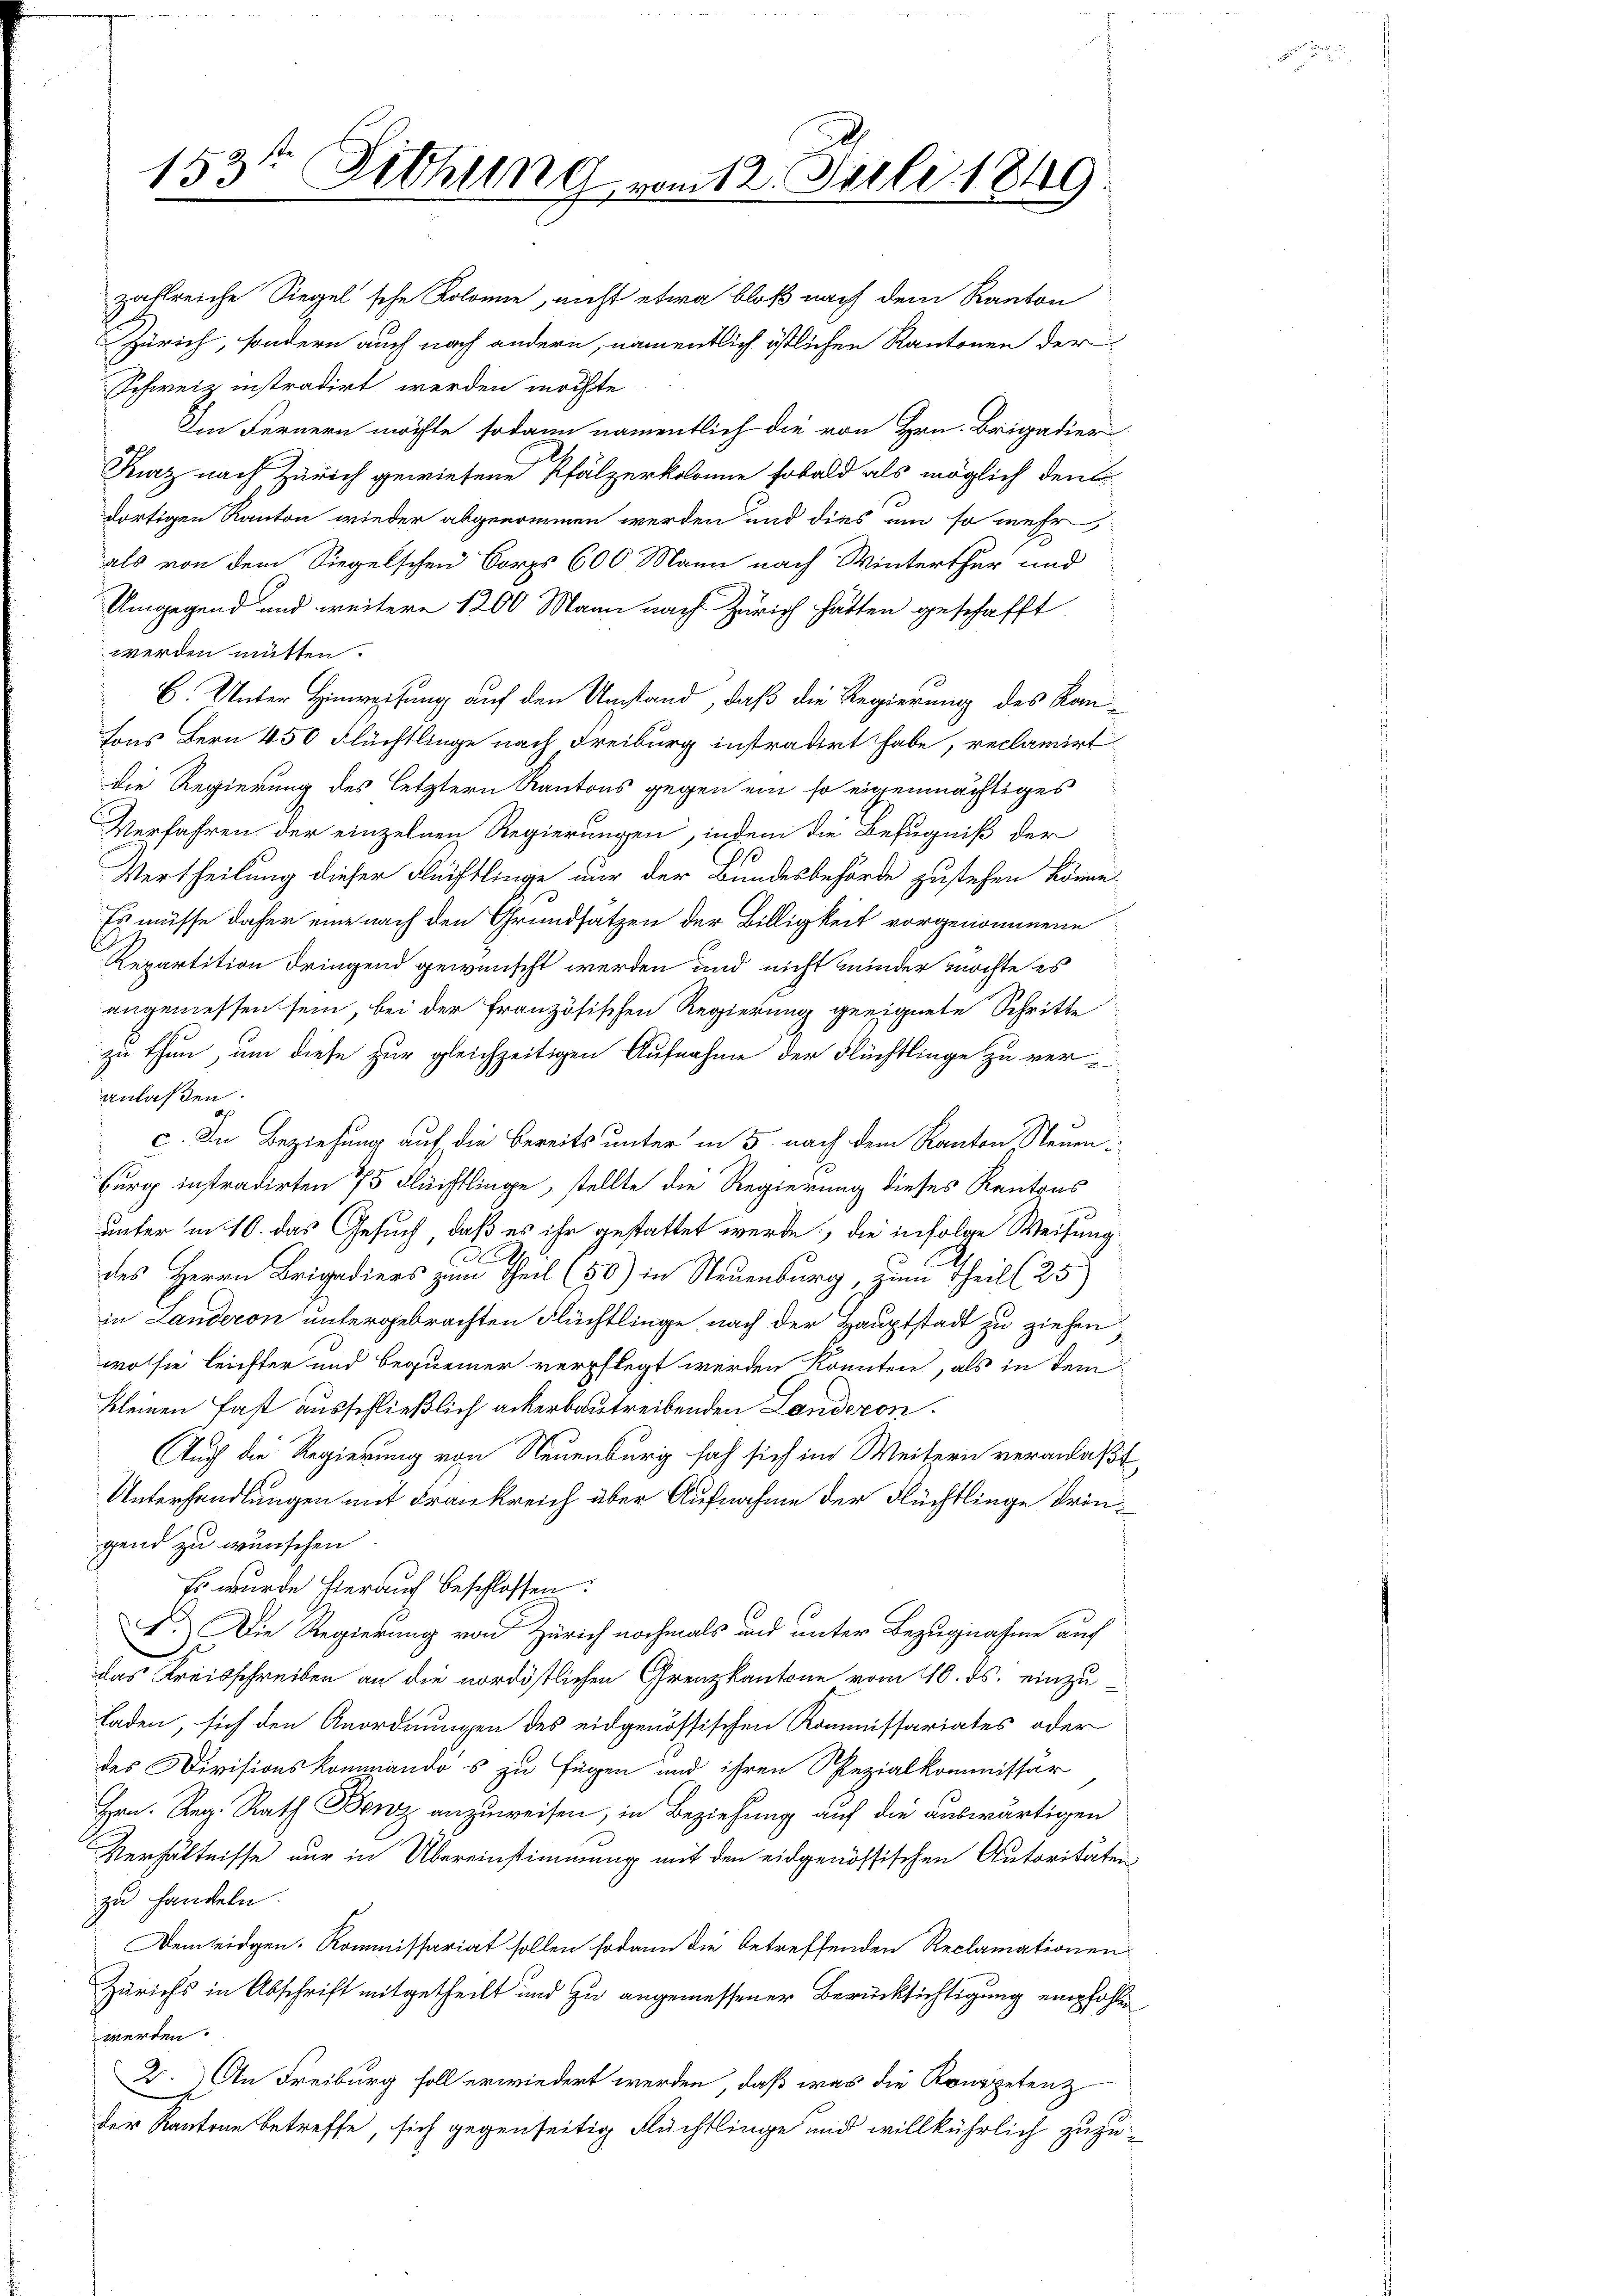
zahlreiche Siegel sche Kolonie, nicht etwa bloß nach dem Kanton
Zürich, sondern auch nach andern, namentlich östlichen Kantonen der
Schweiz instradirt werden meiste
Im Fernern möchte sodann namentlich die von Hrn. Brigadier
Kurz nach Zürich gewiesene Pfälzerkolonie sobald als möglich den
dortigen Kanton wieder abgenommen werden und dies um so mehr
als von dem Siegelschen Corps 600 Mann nach Winterthur und
Umgegend und weitere 1200 Mann nach Zürich hätten geschafft
werden mütten.
6. Unter Hinweisung auf den Umstand, daß die Regierung des Rau
Fons Bern 450 Flüchtlinge nach Freiburg instradirt habe, reclamirt
die Regierung des letztern Kantons gegen ein so eigenmächtiges
Verfahren der einzelnen Regierungen, indem die Befugniß der
1
Vertheilung dieser Flüchtlinge nur der Bundesbehörde zustehen könne.
Es müsse daher eine nach den Grundsatzen der Billigkeit vorgenommene
Repartition dringend gewünscht werden und nicht minder möchte es
angemessen sein, bei der französischen Regierung geeignete Schritte
zu thun, um diese zur gleichzeitigen Aufnahme der Flüchtlinge zu veranlaßen.
c. In Beziehung auf die bereits unter in 5 nach dem Kanton Neuen
Burg instradirten 75 Flüchtlinge, stellte die Regierung dieses Kantons
unter in 10. das Gesuch, daß es ihr gestattet werde, die infolge Weisung
A
D
des Herrn Brigadiers zum Theil (50) in Steuenburg, zum Theil (25)
in Landeron untergebrachten Flüchtlinge, nach der Hauptstadt zu ziehen
wo sie leichter und bequemer verpflegt werden könnten, als in dem
kleinen fast ausschließlich ackerbautreibenden Landeron
Auch die Regierung von Neuenburg sah sich im Weitern veranlaßt,
Unterhandlungen mit Frankreich über Aufnahme der Flüchtlinge dringend zu wünschen.
Es wurde hierauf beschlossen:
F.) Die Regierung von Zürich nochmals und unter Bezugnahme auf
das Kreisschreiben an die nordöstlichen Grenzkantone vom 10. ds. einzu¬
Laden, sich den Anordnungen des eidgenössischen Kommissariates oder
des Divisionskommandos zu fügen und ihren Spezialkommissär
Hrn. Reg. Rath Benz anzuweisen, in Beziehung auf die auswärtigen
Verhältnisse nur in Übereinstimmung mit den eidgenössischen Autoritäten
zu handeln.
Dem eidgen. Kommissariat sollen sodann die betreffenden Reclamationen
Zürichs in Abschrift mitgetheilt und zu angemessener Berücksichtigung empfohlen
werden.
2.) An Freiburg soll erwiedert werden, daß was die Kompetenz
der Kantone betreffe, sich gegenseitig Flüchtlinge und willkührlich zuzu¬

153te Sitzung vom 12. Juli 1849